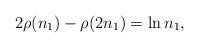
LaTeX: \begin{align*}2\rho(n_1)-\rho(2n_1)=\ln n_1,\end{align*}